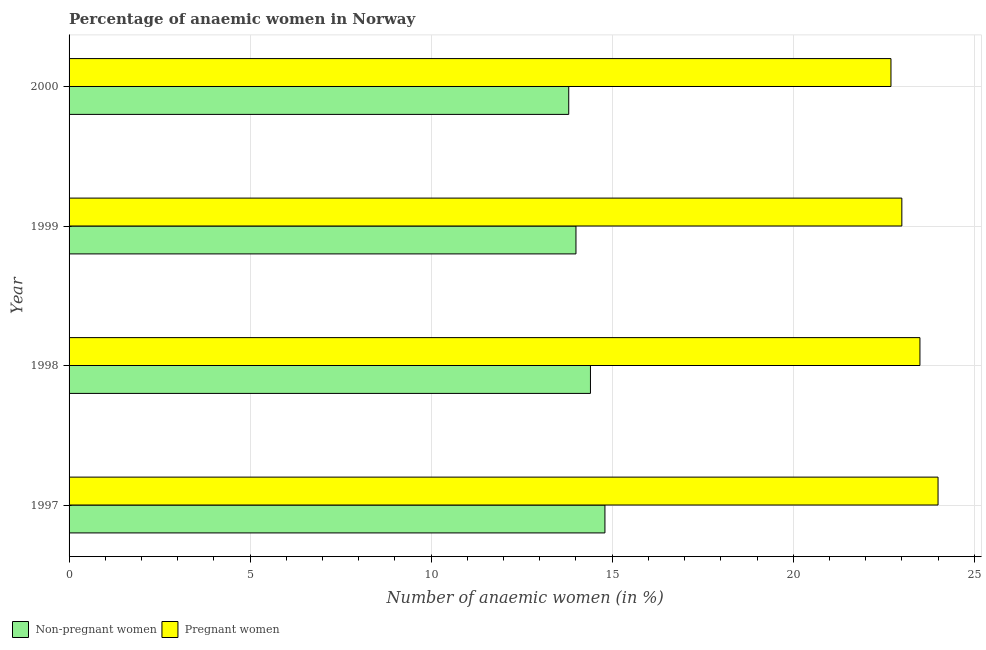
| Year | Non-pregnant women | Pregnant women |
 | --- | --- | --- |
 | 1997 | 14.8 | 24 |
 | 1998 | 14.4 | 23.5 |
 | 1999 | 14 | 23 |
 | 2000 | 13.8 | 22.7 |